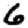
Digit: 6